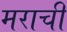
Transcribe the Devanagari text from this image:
मराची